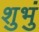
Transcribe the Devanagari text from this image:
शुभुं